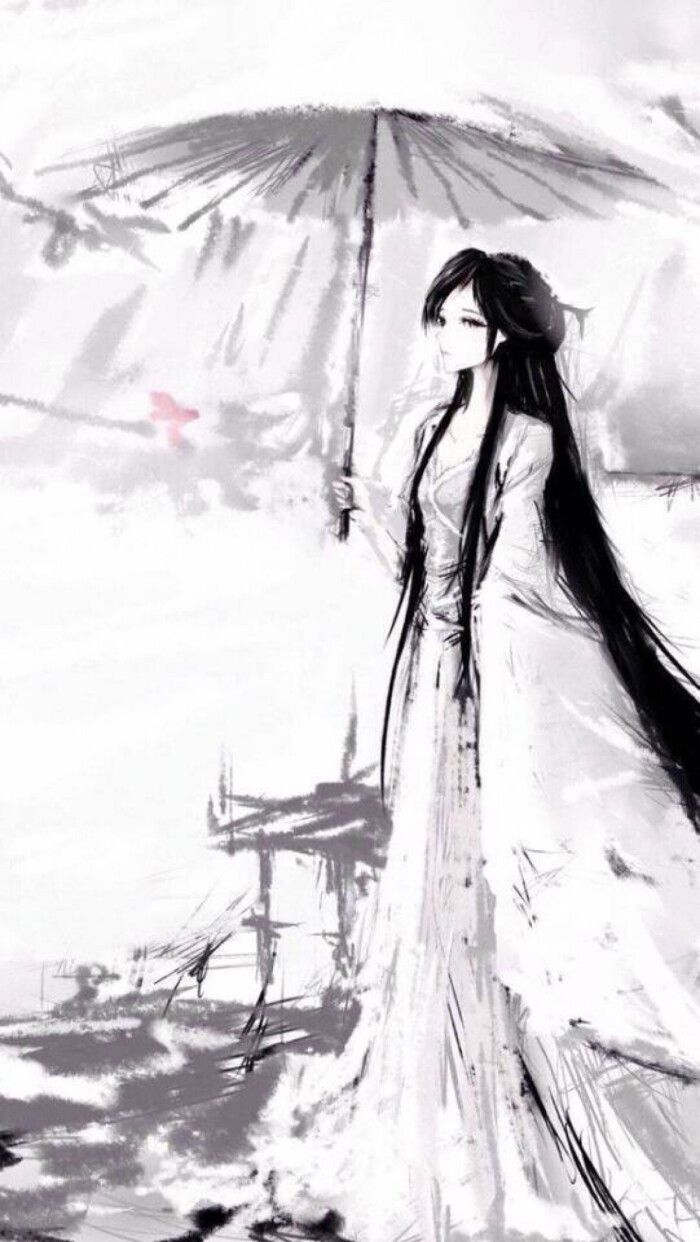
望极春愁，黯黯生天际。